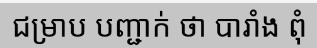
ជម្រាប បញ្ជាក់ ថា បារាំង ពុំ